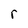
Character: r